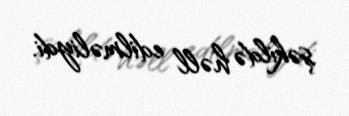
şəkildə həll edilməliydi.